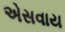
એસવાય